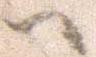
へ